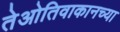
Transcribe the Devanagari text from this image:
तेओतिवाकानच्या